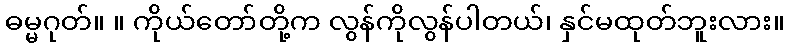
ဓမ္မဂုတ်။ ။ ကိုယ်တော်တို့က လွန်ကိုလွန်ပါတယ်၊ နှင်မထုတ်ဘူးလား။